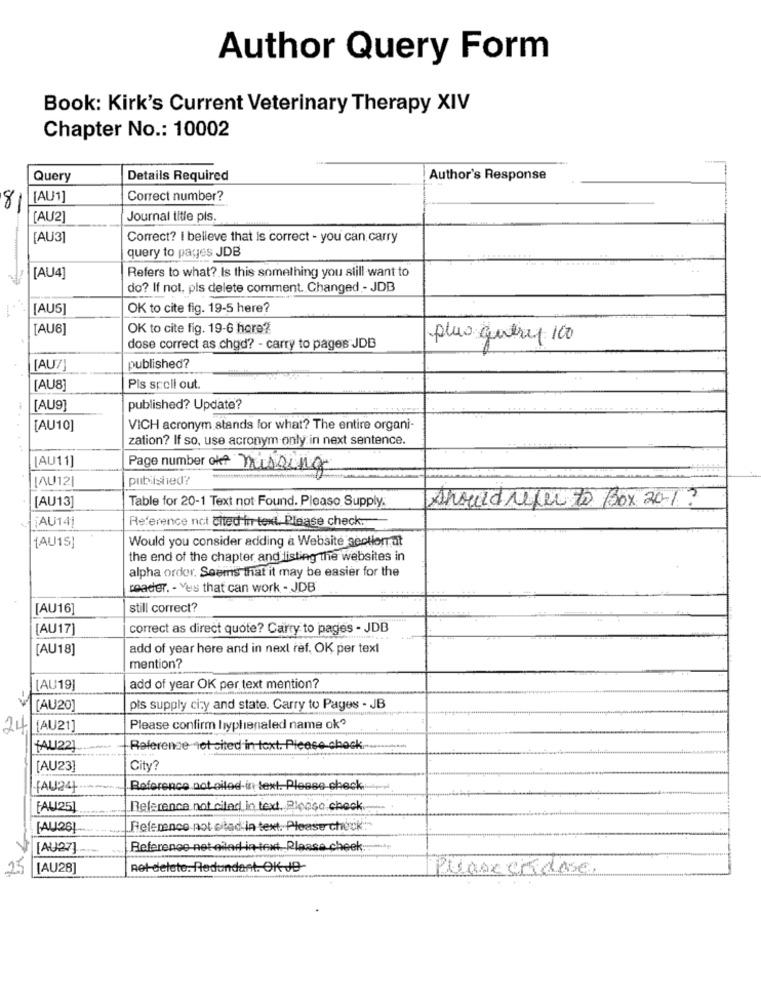
Author Query Form
Book: Kirk's Current Veterinary Therapy XIV
Chapter No .: 10002
Query
Details Required
Author's Response
8
[AU1]
Correct number?
[AU2]
Journal title pls.
[AU3]
Correct? I believe that is correct - you can carry
query to pages JDB
[AU4]
Refers to what? Is this something you still want to
do? If not, pls delete comment. Changed - JDB
[AUS]
OK to cite fig. 19-5 here?
[AU6]
OK to cite fig. 19-6 hore?
plus centre 100
dose correct as chod? - carry to pages JDB
[AUZ]
published?
[AU8]
Pis spoll out
[AU9]
published? Update?
[AU10]
VICH acronym stands for what? The entire organi-
zation? If so, use acronym only in next sentence.
[AU11]
Page number of missing
[AU12
published?
[AU13
Table for 20-1 Text not Found. Please Supply.
Shouldrefer to Box 201 ?
¡AU14|
Reference not Cited in text. Please check .-
Would you consider adding a Website section at
[AU15]
the end of the chapter and listing the websites in
alpha order. Seems that it may be easier for the
reader. - Yes that can work - JDB
[AU16]
still correct?
[AU17]
correct as direct quote? Carry to pages - JDB
[AU18]
add of year here and in next ref, OK per text
mention?
LAU19
add of year OK per text mention?
[AU20]
pis supply city and state. Carry to Pages - JB
24 [AU21]
Please confirm hyplienaled name ok?
"AU22]
Reference not sited in text. Please check
[AU23]
City ?
JAU24
Reference not oiled in text. Please check
FAU 25]
Reference not cited in text, Plopiso check
[AU26]
Reference not eited in text. Please check:
[AU27]
Reference not oled in-text. Plasse cheek
25
[AU28]
Ret delete. Redundant. OK Je
Please cidose.